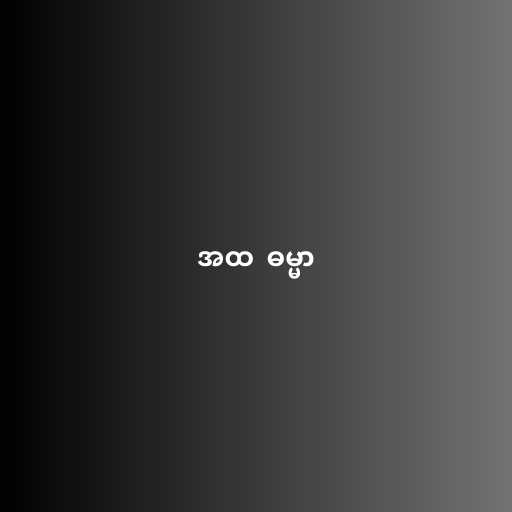
အထ  ဓမ္မာ